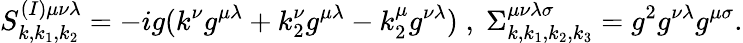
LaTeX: S_{k,k_{1},k_{2}}^{(I)\mu\nu\lambda}=-ig(k^{\nu}g^{\mu\lambda}+k_{2}^{\nu}g^{\mu\lambda}-k_{2}^{\mu}g^{\nu\lambda})\; ,\; \Sigma_{k,k_{1},k_{2},k_{3}}^{\mu\nu\lambda\sigma}=g^{2}g^{\nu\lambda}g^{\mu\sigma}.